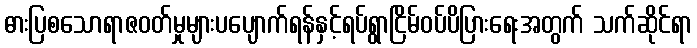
ဓားပြစသောရာဇဝတ်မှုများပပျောက်ရန်နှင့်ရပ်ရွာငြိမ်ဝပ်ပိပြားရေးအတွက် သက်ဆိုင်ရာ